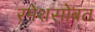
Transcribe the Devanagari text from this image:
रमेशसोबत